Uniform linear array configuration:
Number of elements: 4
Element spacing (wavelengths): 1
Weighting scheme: kaiser
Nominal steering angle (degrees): -60
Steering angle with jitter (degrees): -60.06
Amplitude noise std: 0.05
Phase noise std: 0.05

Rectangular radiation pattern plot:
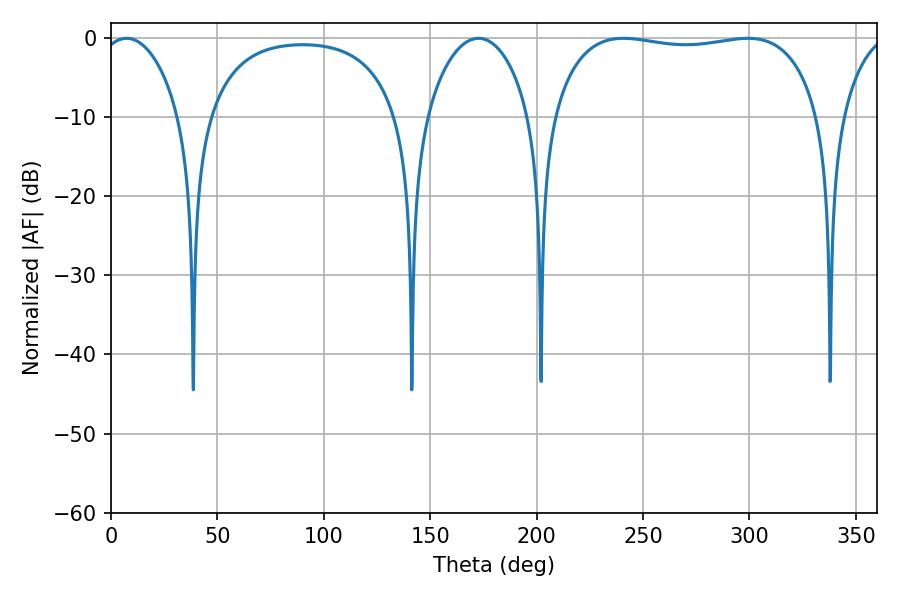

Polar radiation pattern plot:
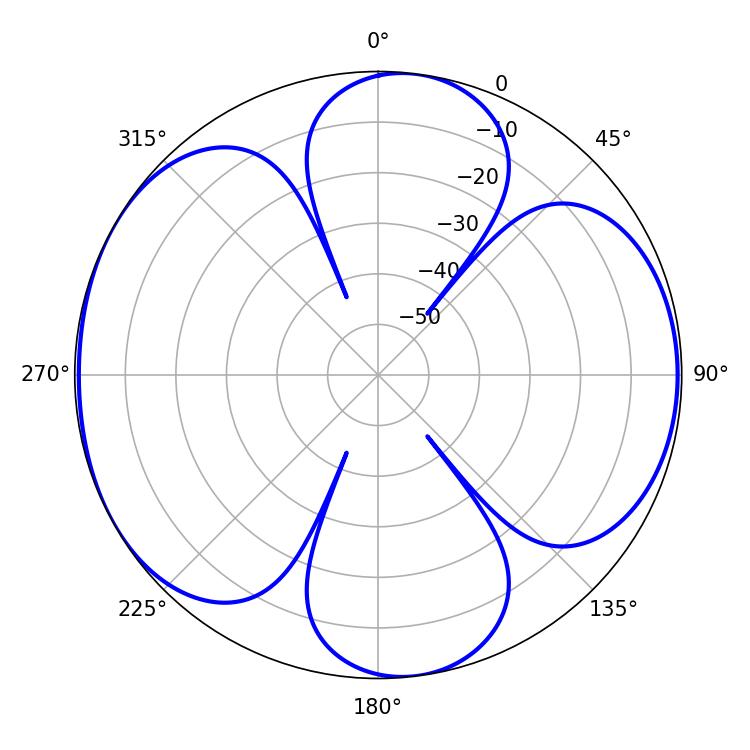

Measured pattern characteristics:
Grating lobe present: TRUE
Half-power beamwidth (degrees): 100.8
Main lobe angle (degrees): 240.84